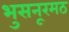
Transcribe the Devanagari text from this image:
भुसनूरमठ